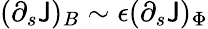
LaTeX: (\partial_{s}\mathsf{J})_{B}\sim\epsilon(\partial_{s}\mathsf{J})_{\Phi}